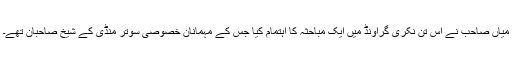
میاں صاحب نے اس تِن نُکری گراونڈ میں ایک مباحثہ کا اہتمام کیا جس کے مہمانان خصوصی سُوتر منڈی کے شیخ صاحبان تھے۔